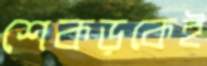
শেকড়কেই